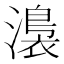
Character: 𭲰